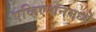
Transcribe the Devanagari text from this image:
एव्हिएशनमध्ये